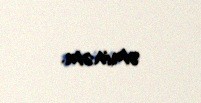
əminəm.